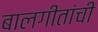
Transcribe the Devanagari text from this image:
बालगीतांची